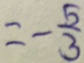
= - \frac { 5 } { 3 }